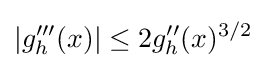
|g_{h}'''(x)|\leq 2g_{h}''(x)^{3/2}